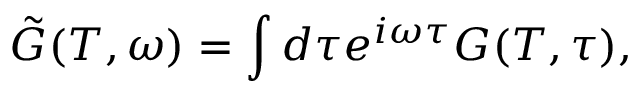
\tilde { G } ( T , \omega ) = \int d \tau e ^ { i \omega \tau } G ( T , \tau ) ,